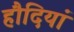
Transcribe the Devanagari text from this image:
हौदियां